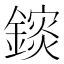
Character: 𨬄